Sanitation, dispensaries and jails vaccination Rajputana 1922-1927 - 1922-1927
Year: 1922
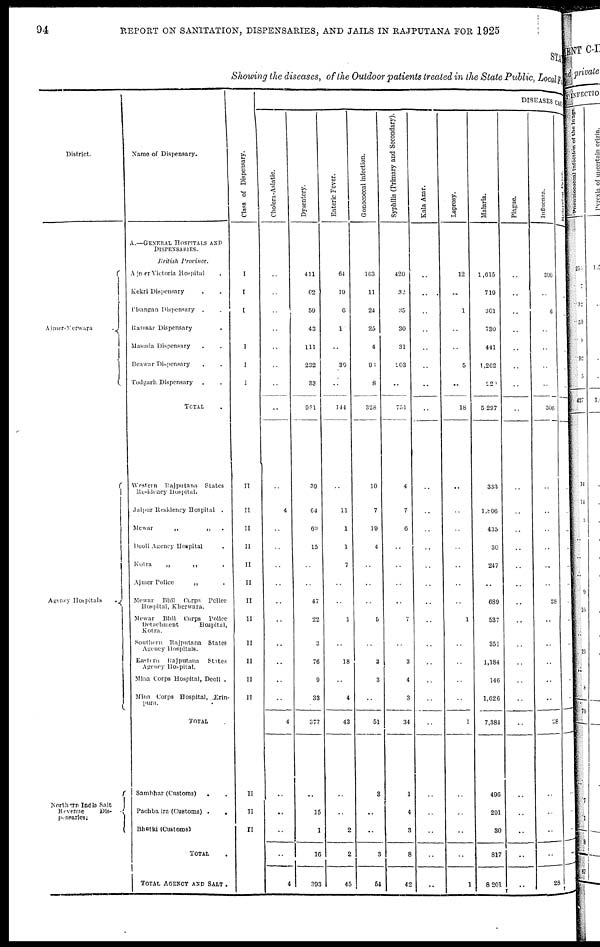
94
REPORT ON SANITATION, DISPENSARIES, AND JAILS IN RAJPUTANA FOR 1925
STATE
Showing the diseases, of the Outdoor patients treated in the State Public, Local Fund
District.
Ajmer-Merwara
.
Agency Hospitals
.
Northern India Salt
Revenue
Dis¬
pensaries.
Name of Dispensary.
A.—GENERAL HOSPITALS AND
DISPENSARIES.
British Province.
Ajmer Victoria Hospital .
Kekri Dispensary . .
Pisangan Dispensary. .
Ramsar Dispensary .
Masuda Dispensary . .
Beawar Dispensary . .
Todgarh Dispensary . .
TOTAL .
Western Rajputana States
Residency Hospital.
Jaipur Residency Hospital .
Mewar
„
„
.
Deoli Agency Hospital .
Kotra
„
„ .
Ajmer
Police
„ .
Mewar Bhil Corps Police
Hospital, Kherwara.
Mewar Bhil Corps Police
Detachment
Hospital,
Kotra.
Southern Rajputana States
Agency Hospitals.
Eastern Rajputana States
Agency Hospital.
Mina Corps Hospital, Deoli .
Mina Corps Hospital, Erin-
pura.
TOTAL
Sambhar (Customs)
. .
Pachbadra (Customs) .
.
Bhatki (Customs)
TOTAL .
TOTAL AGENCY AND SALT .
Class of Dispensary.
I
I
I
I
I
I
II
II
II
II
II
II
II
II
II
II
II
II
II
II
II
DISEASES CAUSES
Cholera-Asiatic.
..
..
..
..
..
..
..
..
..
4
..
..
..
..
..
..
..
..
..
..
4
..
..
..
..
4
Dysentery.
411
62
59
43
111
232
33
951
39
64
69
15
..
..
47
22
3
76
9
33
377
..
15
1
16
393
Enteric Fever.
64
19
6
1
..
39
..
144
..
11
1
1
7
..
..
1
..
18
..
4
43
..
..
2
2
45
Gonococcal infection.
163
11
24
25
4
93
8
328
10
7
19
4
..
..
..
5
..
3
3
..
51
3
..
..
3
54
Syphilis (Primary and Secondary).
420
32
35
30
31
203
..
751
4
7
6
..
..
..
..
7
..
3
4
3
34
1
4
3
8
42
Kala Azar.
..
..
..
..
..
..
..
..
..
..
..
..
..
..
..
..
..
..
..
..
..
..
..
..
..
..
Leprosy.
12
..
1
..
..
5
..
18
..
..
..
..
..
..
..
1
..
..
..
..
1
..
..
..
..
1
Malaria.
1,615
719
301
730
441
1,262
220
5,297
333
1,806
435
30
247
..
689
537
351
1,184
146
1,626
7,384
496
291
30
817
8,201
Plague.
..
..
..
..
..
..
..
..
..
..
..
..
..
..
..
..
..
..
..
..
..
..
..
..
..
..
Influenza.
300
..
6
..
..
..
..
306
..
..
..
..
..
..
28
..
..
..
..
..
28
..
..
..
..
28
Relapsing
Fever
..
..
..
..
..
..
..
..
..
..
..
..
..
..
..
..
..
..
..
..
..
..
..
..
..
..